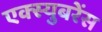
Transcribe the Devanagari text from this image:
एक्स्युबरेंस